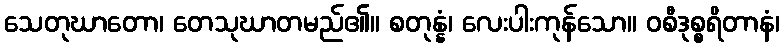
သေတုဃာတော၊ တေသုဃာတမည်၏။ စတုန္နံ၊ လေးပါးကုန်သော။ ဝစီဒုစ္စရိတာနံ၊